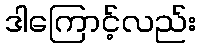
ဒါကြောင့်လည်း